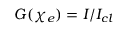
G ( \chi _ { e } ) = I / I _ { c l }